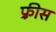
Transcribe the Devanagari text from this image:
फ़्रीस